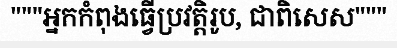
"""អ្នកកំពុងធ្វើប្រវត្តិរូប, ជាពិសេស"""